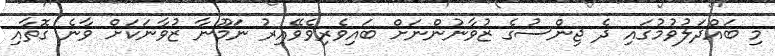
މި ބައްދަލުވުމުގައި ދެ ޖިންސުގެ ޒުވާނުންނަށް ބައިވެރިވެވޭއިރު ނަމޫނާ ޒުވާނަކަށް ވާނެ ގޮތާއި